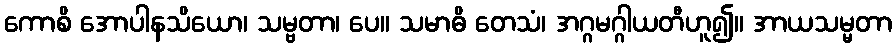
ကောစိ အောပါနသိယော၊ သမ္ဗတာ၊ ပေ။ သမာဓိ တေသံ၊ အဂ္ဂမဂ္ဂါယတီဟူ၍။ အာယသမ္မတာ